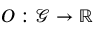
O : \mathcal { G } \rightarrow \mathbb { R }